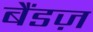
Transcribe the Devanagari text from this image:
बैंडज़